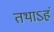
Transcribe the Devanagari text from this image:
तथाऽहं